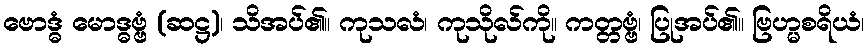
ဗောဒ္ဓံ မောဒ္ဓဗ္ဗံ (ဆဋ္ဌ)၊ သိအပ်၏။ ကုသလံ၊ ကုသိုလ်ကို။ ကတ္တဗ္ဗံ၊ ပြုအပ်၏။ ဗြဟ္မစရိယံ၊